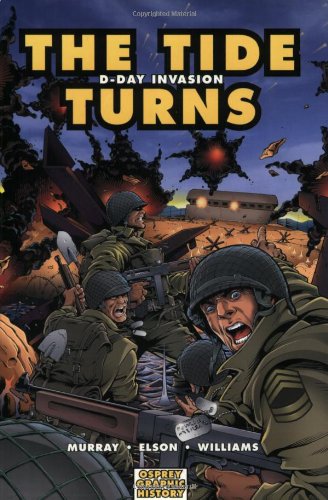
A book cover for The Tide Turns: D-Day Invasion (Graphic History); Doug Murray; Children's Books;